Report on the nature of kala-azar
Disease focus: Kala-Azar
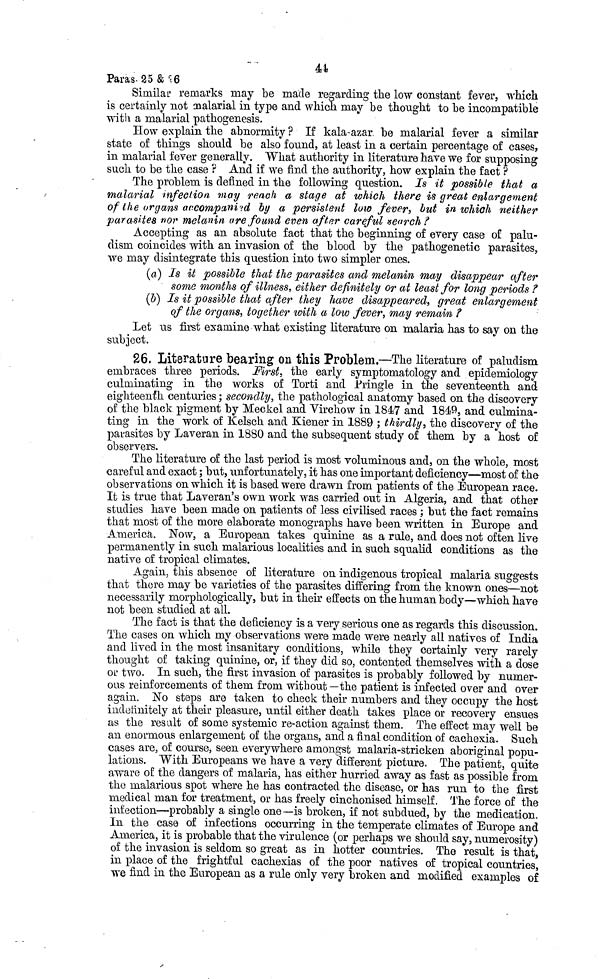
44
Paras. 25 & 26
Similar remarks may be made regarding the low constant fever, which
is certainly not malarial in type and which may be thought to be incompatible
with a malarial pathogenesis.
How explain the abnormity ? If kala-azar, be malarial fever a similar
state of things should be also found, at least in a certain percentage of cases,
in malarial fever generally. "What authority in literature have we for supposing
such to be the case ? And if we find the authority, how explain the fact ?
The problem, is defined in the following question. Is it possible that a
malarial infection, may reach a stage at which there is great enlargement
of the organs accompanied by a persistent low fever, but in which neither
parasites nor melanin are found even affer careful search?
Accepting as an absolute fact that the beginning of every case of palu-
dism coincides with an invasion of the blood by the pathogenetic parasites,
we may disintegrate this question into two simpler ones.
(a) Is it possible that the parasites and melanin may disappear after
some months of illness, either definitely or at least for long periods ?
(b) Is it possible that after they have disappeared, great enlargement
of the organs, together with a low fever, may remain ?
Let us first examine what existing literature on malaria has to say on the
subject.
26. Literature bearing on this Problem.—The literature of paludism
embraces three periods. First, the early symptomatology and epidemiology
culminating in the works of Torti and Pringle in the seventeenth and
eighteenth centuries ; secondly, the pathological anatomy based on the discovery
of the black pigment by Meckel and Virchow in 1847 and 1849, and culmina-
ting in the work of Kelsch and Kiener in 1889 ; thirdly, the discovery of the
parasites by Laveran in 1880 and the subsequent study of them by a host of
observers.
The literature of the last period is most voluminous and, on the whole, most
careful and exact ; but, unfortunately, it has one important deficiency—most of the
observations on which it is based were drawn from patients of the European race.
It is true that Laveran's own work was carried out in Algeria, and that other
studies have been made on patients of less civilised races ; but the fact remains
that most of the more elaborate monographs have been written in Europe and
America. Now, a European takes quinine as a rule, and does not often live
permanently in such malarious localities and in such squalid conditions as the
native of tropical climates.
Again, this absence of literature on indigenous tropical malaria suggests
that there may be varieties of the parasites differing from the known ones—not
necessarily morphologically, but in their effects on the human body—which have
not been studied at all.
The fact is that the deficiency is a very serious one as regards this discussion.
The cases on which my observations were made were nearly all natives of India
and lived in the most insanitary conditions, while they certainly very rarely
thought of taking quinine, or, if they did so, contented themselves with a dose
or two. In such, the first invasion of parasites is probably followed by numer-
ous reinforcements of them from without—the patient is infected over and over
again. No steps are taken to check their numbers and they occupy the host
indetinitely at their pleasure, until either death takes place or recovery ensues
as the result of some systemic re-action against them. The effect may well be
an enormous enlargement of the organs, and a final condition of cachexia. Such
cases are, of course, seen everywhere amongst malaria-stricken aboriginal popu-
lations. With Europeans we have a very different picture. The patient, quite
aware of the dangers of malaria, has either hurried away as fast as possible from
the malarious spot where he has contracted the disease, or has run to the first
medical man for treatment, or has freely cinchonised himself. The force of the
infection—probably a single one—is broken, if not subdued, by the medication.
In the case of infections occurring in the temperate climates of Europe and
America, it is probable that the virulence (or perhaps we should say, numerosity)
of the invasion is seldom so great as in hotter countries. The result is that,
in place of the frightful cachexias of the poor natives of tropical countries,
we find in the European as a rule only very broken and modified examples of